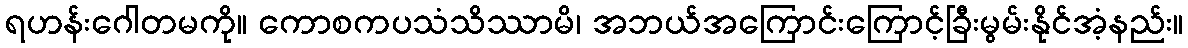
ရဟန်းဂေါတမကို။ ကောစကပသံသိဿာမိ၊ အဘယ်အကြောင်းကြောင့်ခြီးမွမ်းနိုင်အံ့နည်း။